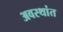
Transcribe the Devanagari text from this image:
अवस्थांत